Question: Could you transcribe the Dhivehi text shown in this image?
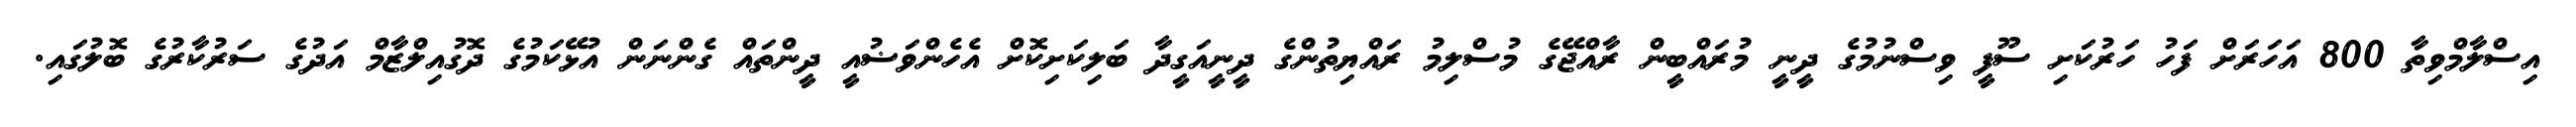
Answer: އިސްލާމްވިތާ 800 އަހަރަށް ފަހު ހަރުކަށި ސޫފީ ވިސްނުމުގެ ދީނީ މުރައްބީން ރާއްޖޭގެ މުސްލިމު ރައްޔިތުންގެ ދީނީއަގީދާ ބަލިކަށިކޮށް އެހެންވަޟުއީ ދީންތައް ގެންނަން އުޅޭކަމުގެ ދޮގުއިލްޒާމް އަދުގެ ސަރުކާރުގެ ބޮލުގައި.